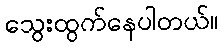
သွေးထွက်နေပါတယ်။